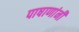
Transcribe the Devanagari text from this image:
पाषाणांनी